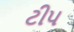
ટીપ